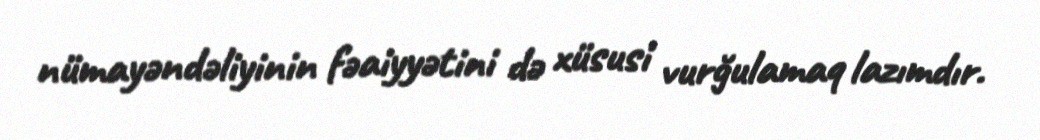
nümayəndəliyinin fəaiyyətini də xüsusi vurğulamaq lazımdır.